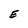
Character: E